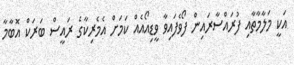
އަކީ މަލާމާތާއި ފުރައްސާރައިން ފޯވެފައިވާ ވީޑިއޯއެއް ކަމަށް އެމެރިކާގެ ރައީސް ބަރަކް އޮބާމާ